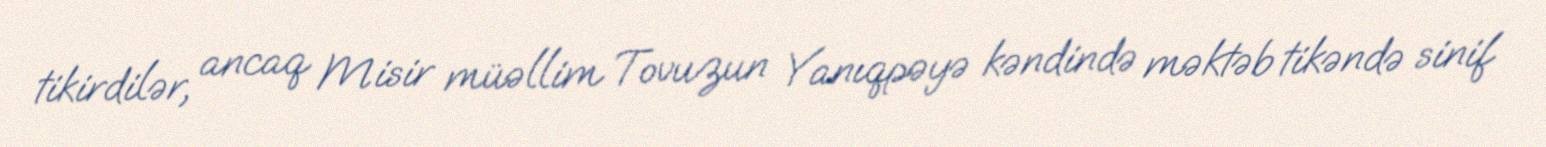
tikirdilər, ancaq Misir müəllim Tovuzun Yanıqpəyə kəndində məktəb tikəndə sinif